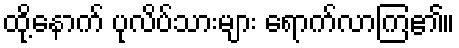
ထို့နောက် ပုလိပ်သားများ ရောက်လာကြ၏။